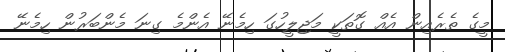
މީގެ ތެރެއިން އެއް ގޮތަކީ މަޖިލީހުގަ ހިމެނޭ އެންމެ ގިނަ މެންބަރުން ހިމެނޭ